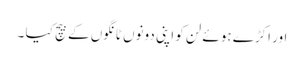
اور اکڑے ہوئے لن کو اپنی دونوں ٹانگوں کے بیچ کیا ۔